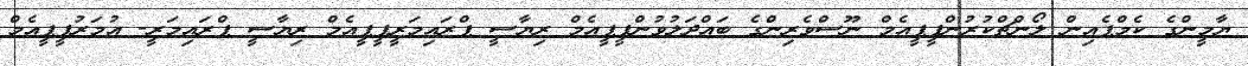
ޔާމީންގެ ކެމްޕެެއިން ލޯންޗްކުރުންޕީޕީއެމް ނޫސްވެރިންގެ ބައްދަލުވުންޕީޕީއެމް ރިޔާސީ ޕްރައިމަރީޕީޕީއެމް ރިޔާސީ ޕްރައިމަރީ- އުމަރުޕީޕީއެމް